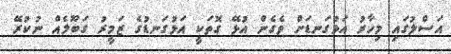
އަސްލުގައި މިހާރު އަޅުގަނޑަށް ވެގެން އުޅޭ ގޮތަކީ އަޅުގަނޑުގެ ޒަމީރު ގަބޫލެއް ނުކުރޭ